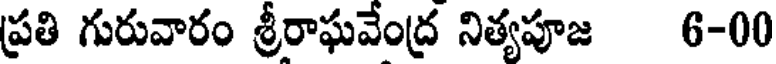
ప్రతి గురువారం శ్రీరాఘవేంద్ర నిత్యపూజ 6-00